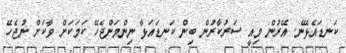
ކަނޑައެޅޭނެ. އޭރުން މިއީ ސަރުކާރުން ބިން ކަނޑައަޅާ ނިންމަންޖެހޭ ކަމަކަށް ވާކަށް ނުޖެހޭ